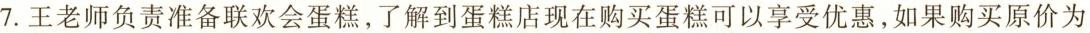
7.王老师负责准备联欢会蛋糕，了解到蛋糕店现在购买蛋糕可以享受优惠，如果购买原价为